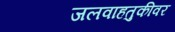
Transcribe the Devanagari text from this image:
जलवाहतुकीवर